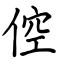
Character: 倥